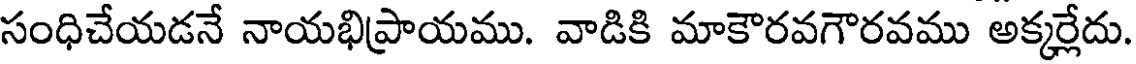
సంధిచేయడనే నాయభిప్రాయము. వాడికి మాకౌరవగౌరవము అక్కర్లేదు.